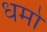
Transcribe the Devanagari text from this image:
धमो